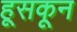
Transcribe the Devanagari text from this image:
हूसकून